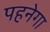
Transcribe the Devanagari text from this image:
पहनेगा